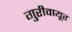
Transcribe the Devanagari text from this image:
गुरीवायूर